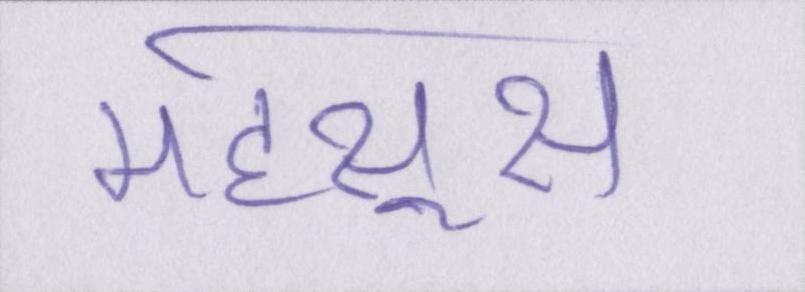
महसूस